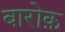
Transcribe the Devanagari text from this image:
बारोक़